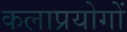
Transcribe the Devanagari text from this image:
कलाप्रयोगों